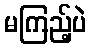
မကြည့်ပဲ